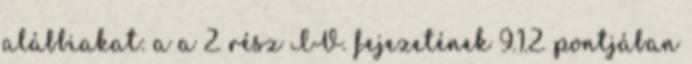
alábbiakat: a a 2. rész IV. fejezetének 9.1.2. pontjában